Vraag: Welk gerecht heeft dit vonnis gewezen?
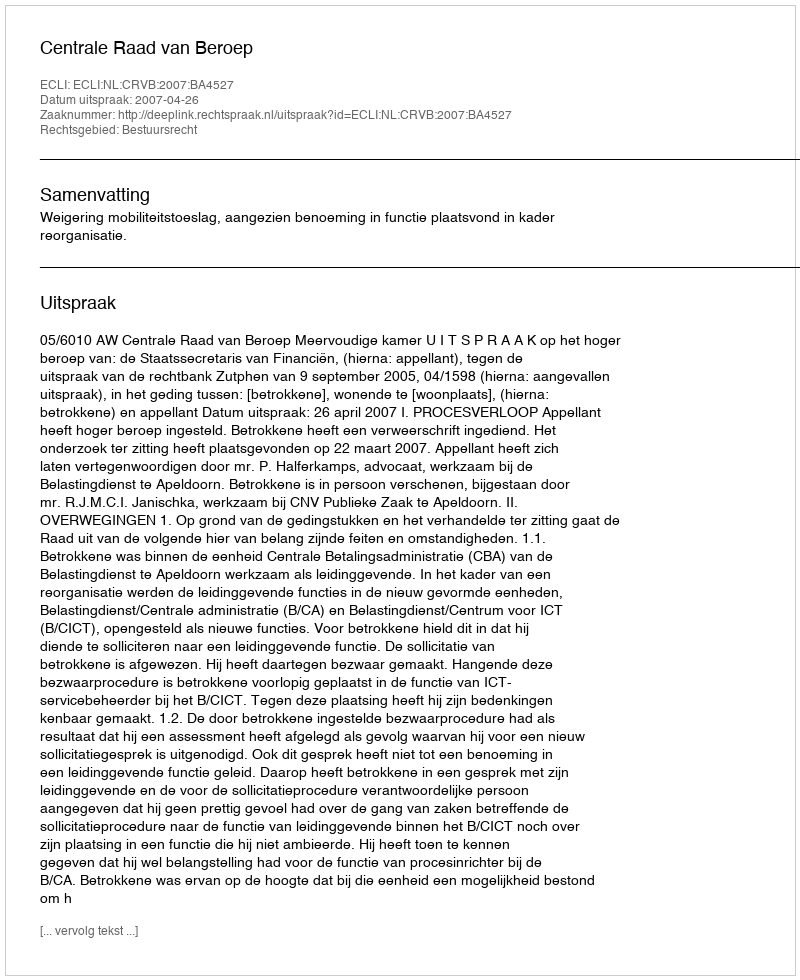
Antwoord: Centrale Raad van Beroep